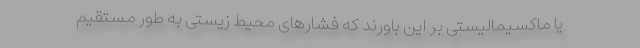
یا ماکسیمالیستی بر این باورند که فشارهای محیط زیستی به طور مستقیم